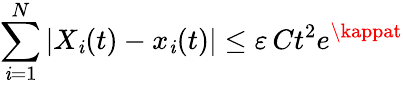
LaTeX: \sum_{\mathit{i}=1}^{N}|X_{\mathit{i}}(t)-x_{\mathit{i}}(t)|\leq\varepsilon\, Ct^{2}e^{\kappat}